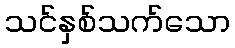
သင်နှစ်သက်သော